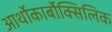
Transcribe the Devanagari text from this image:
आर्थोकार्बोक्सिलिक